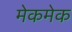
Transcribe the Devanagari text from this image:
मेकमेक